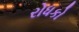
રોધકો